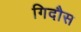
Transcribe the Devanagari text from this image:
गिदौस